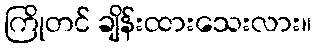
ကြိုတင် ချိန်းထားသေးလား။